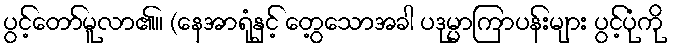
ပွင့်တော်မူလာ၏။ (နေအာရုံနှင့် တွေ့သောအခါ ပဒုမ္မာကြာပန်းများ ပွင့်ပုံကို